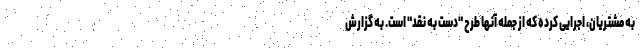
به مشتریان، اجرایی کرده که از جمله آنها طرح "دست به نقد" است. به گزارش